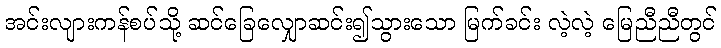
အင်းလျားကန်စပ်သို့ ဆင်ခြေလျှောဆင်း၍သွားသော မြက်ခင်း လဲ့လဲ့ မြေညီညီတွင်